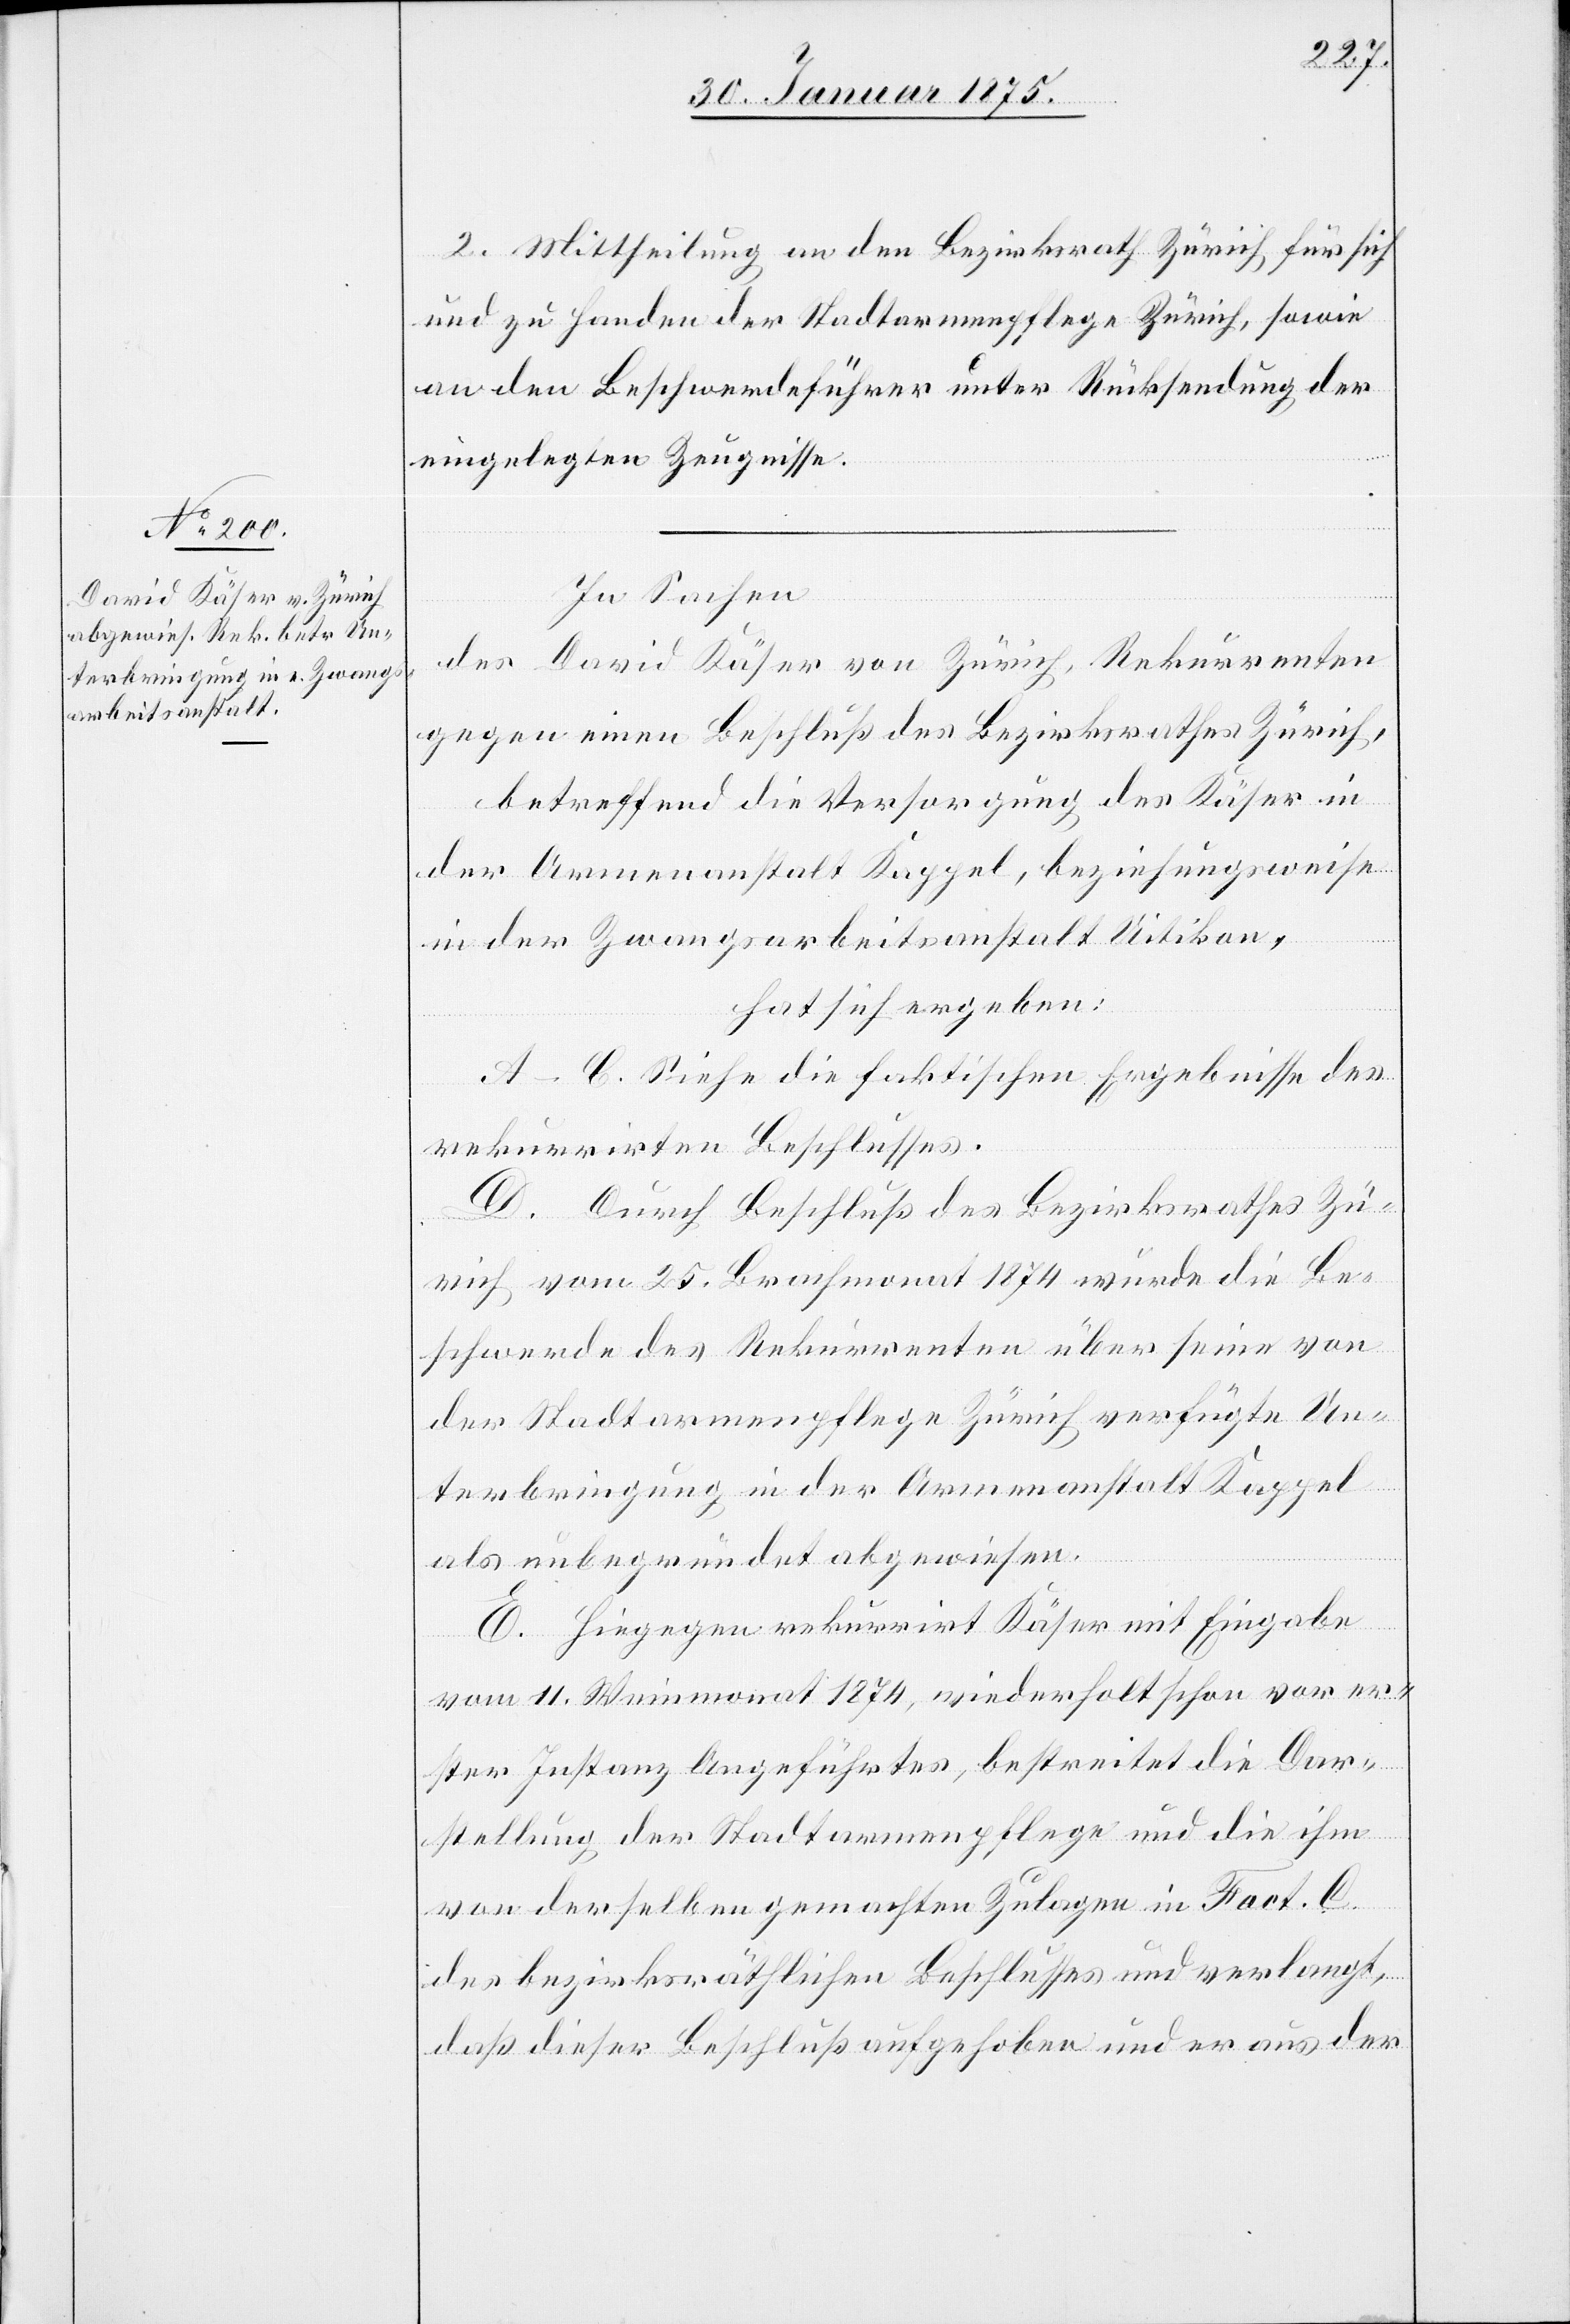
2. Mittheilung an den Bezirksrath Zürich für sich
und zu Handen der Stadtarmenpflege Zürich, sowie
an den Beschwerdeführer unter Rücksendung der
eingelegten Zeugnisse.
In Sachen
des David Käser von Zürich, Rekurrenten
gegen einen Beschluß des Bezirksrathes Zürich,
betreffend die Versorgung des Käser in
der Armenanstalt Kappel, beziehungsweise
in der Zwangsarbeitsanstalt Uitikon,
hat sich ergeben:
A–C. Siehe die faktischen Ergebnisse des
rekurrirten Beschlusses.
D. Durch Beschluß des Bezirksrathes Zü¬
rich vom 25. Brachmonat 1874 wurde die Be¬
schwerde des Rekurrenten über seine von
der Stadtarmenpflege Zürich verfügte Un¬
terbringung in der Armenanstalt Kappel
als unbegründet abgewiesen.
E. Hiegegen rekurrirt Käser mit Eingabe
vom 11. Weinmonat 1874, wiederholt schon vor er¬
ster Instanz Angeführtes, bestreitet die Dar¬
stellung der Stadtarmenpflege und die ihm
von derselben gemachten Zulagen in Fact. C.
des bezirksräthlichen Beschlusses und verlangt,
daß dieser Beschluß aufgehoben und er aus der